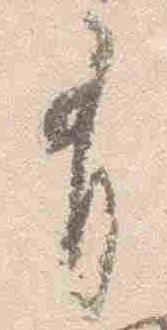
有